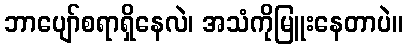
ဘာပျော်စရာရှိနေလဲ၊ အသံကိုမြူးနေတာပဲ။